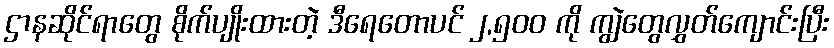
ဌာနဆိုင်ရာတွေ စိုက်ပျိုးထားတဲ့ ဒီရေတောပင် ၂,၅၀၀ ကို ကျွဲတွေလွှတ်ကျောင်းပြီး